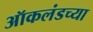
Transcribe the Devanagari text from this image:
ऑकलंडच्या